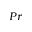
P r